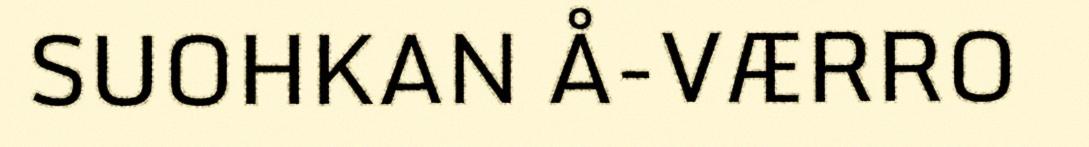
SUOHKAN Å-VÆRRO